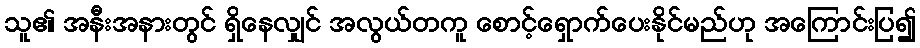
သူ၏ အနီးအနားတွင် ရှိနေလျှင် အလွယ်တကူ စောင့်ရှောက်ပေးနိုင်မည်ဟု အကြောင်းပြ၍